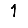
Digit: 1